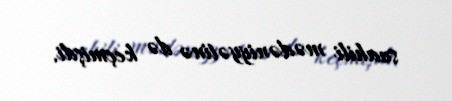
suahili mədəniyyətinə də keçmişdi.